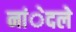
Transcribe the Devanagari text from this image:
नांेदले